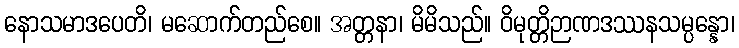
နောသမာဒပေတိ၊ မဆောက်တည်စေ။ အတ္တနာ၊ မိမိသည်။ ဝိမုတ္တိဉာဏဒဿနသမ္ပန္နော၊